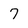
Character: 7